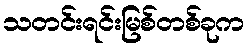
သတင်းရင်းမြစ်တစ်ခုက